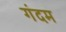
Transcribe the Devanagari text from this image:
गंदम